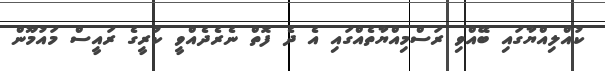
ކުއްލިއްޔާގައި ބޭއްވި ރަސްމިއްޔާތެއްގައި އެ ދެ ފޮތް ނެރެދެއްވީ ކުރީގެ ރައީސް މައުމޫން